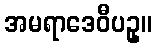
အမရာဒေဝီပဥှ။